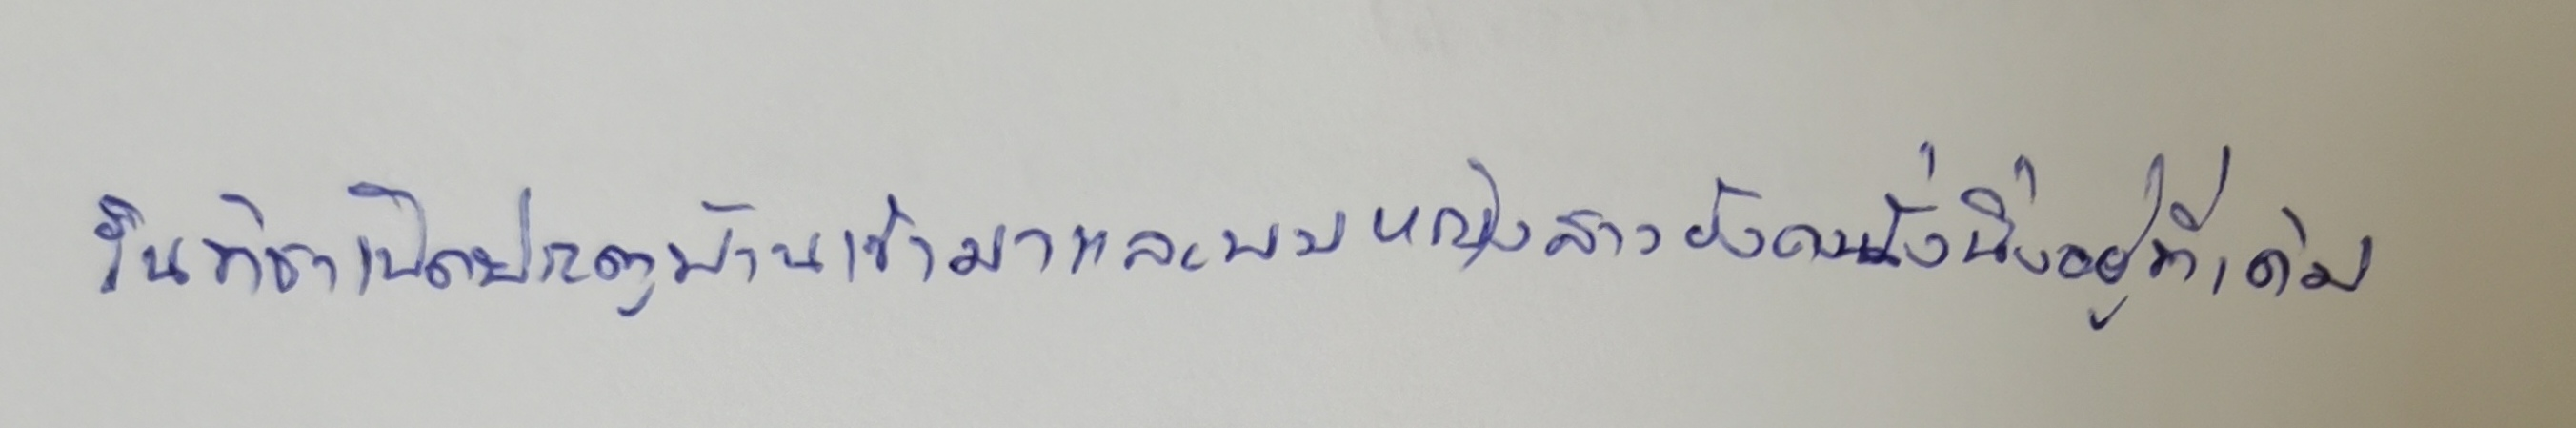
รินทิชาเปิดประตูบ้านเข้ามาและพบหญิงสาวยังคงนั่งนิ่งอยู่ที่เดิม